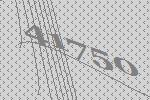
41750